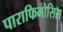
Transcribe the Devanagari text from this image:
पाराफिमोसिस